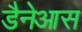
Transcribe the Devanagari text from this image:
डैनेआस